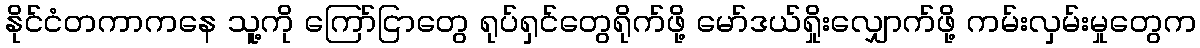
နိုင်ငံတကာကနေ သူ့ကို ကြော်ငြာတွေ ရုပ်ရှင်တွေရိုက်ဖို့ မော်ဒယ်ရှိုးလျှောက်ဖို့ ကမ်းလှမ်းမှုတွေက